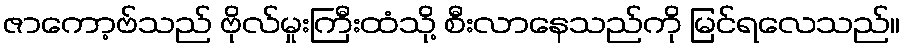
ဇာကော့ဗ်သည် ဗိုလ်မှုးကြီးထံသို့ စီးလာနေသည်ကို မြင်ရလေသည်။